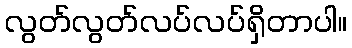
လွတ်လွတ်လပ်လပ်ရှိတာပါ။